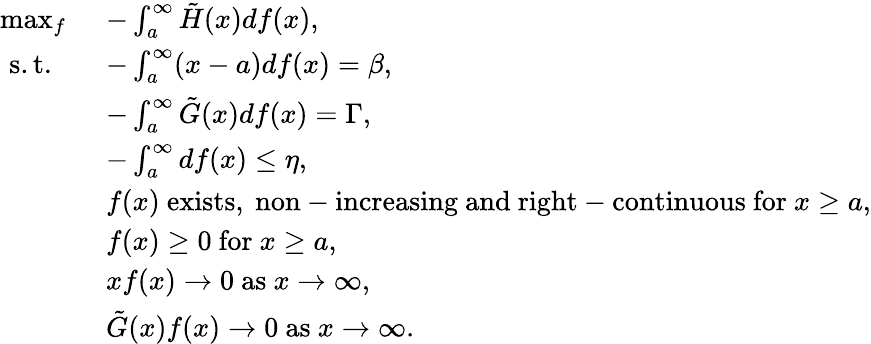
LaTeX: \begin{array}{rl}{\operatorname*{max}_{f}\ }&{-\int_{a}^{\infty}\tilde{H}(x)df(x),}\\ {\mathrm{~s.t.~}\ \ }&{-\int_{a}^{\infty}(x-a)df(x)=\beta,}\\ &{-\int_{a}^{\infty}\tilde{G}(x)df(x)=\Gamma,}\\ &{-\int_{a}^{\infty}df(x)\leq\eta,}\\ &{f(x)\ \mathrm{exists,~non-increasing~and~right-continuous~for~}x\geq a,}\\ &{f(x)\geq 0\ \mathrm{for}\ x\geq a,}\\ &{xf(x)\rightarrow 0\ \mathrm{as}\ x\rightarrow\infty,}\\ &{\tilde{G}(x)f(x)\rightarrow 0\ \mathrm{as}\ x\rightarrow\infty.}\end{array}